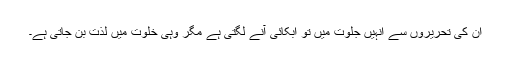
ان کی تحریروں سے انہیں جلوت میں تو ابکائی آنے لگتی ہے مگر وہی خلوت میں لذت بن جاتی ہے۔